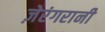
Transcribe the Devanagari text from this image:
ज़ेरंगरानी